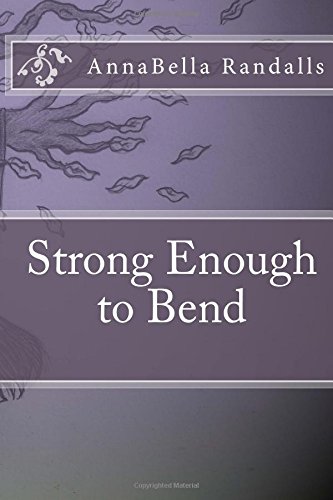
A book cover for Strong Enough to Bend; AnnaBella Randalls; Teen & Young Adult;